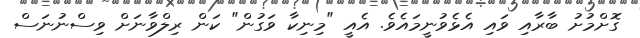
ގޮށްމުށު ބާރާއި ވައި އެޅެވުނީމައެވެ. އެއީ "މިނިކާ ވަގުން" ކަން ރިލްވާނަށް ވިސްނުނަސް